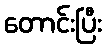
တောင်းပြီး